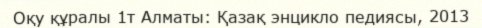
Оқу құралы 1т Алматы: Қазақ энцикло педиясы, 2013